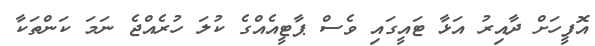
އޮފީހަށް ދާއިރު އަޅާ ޓައީގައި ވެސް ޕާޓީއެއްގެ ކުލަ ހުރެއްޖެ ނަމަ ކަންތަކާ